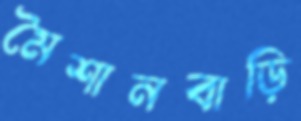
মৈশানবাড়ি